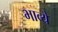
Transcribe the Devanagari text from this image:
भाव्ये